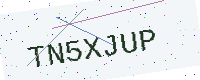
Text: TN5XJUP